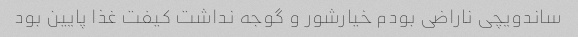
ساندویچی ناراضی بودم خیارشور و گوجه نداشت کیفت غذا پایین بود